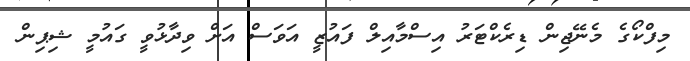
މިފްކޯގެ މެނޭޖިން ޑިރެކްޓަރު އިސްމާއިލް ފައުޒީ އަވަސް އަށް ވިދާޅުވީ ގައުމީ ޝިޕިން